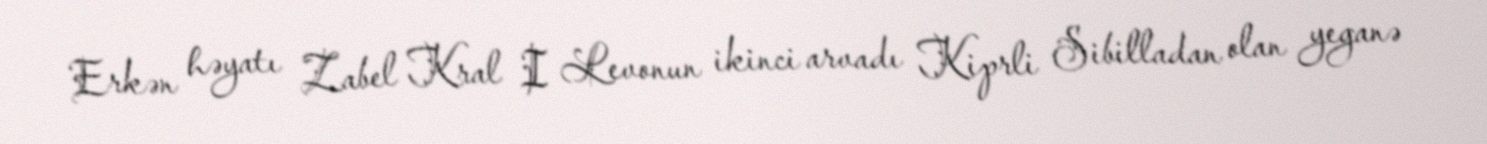
Erkən həyatı Zabel Kral I Levonun ikinci arvadı Kiprli Sibilladan olan yeganə